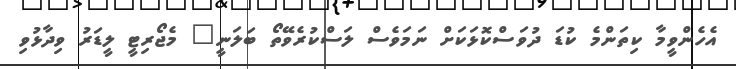
އެހެންވީމާ ކިތަންމެ ކުޑަ ދުވަސްކޮޅަކަށް ނަމަވެސް ލަސްކުރެވޭތޯ ބަލަނީ" މެޖޯރިޓީ ލީޑަރު ވިދާޅުވި